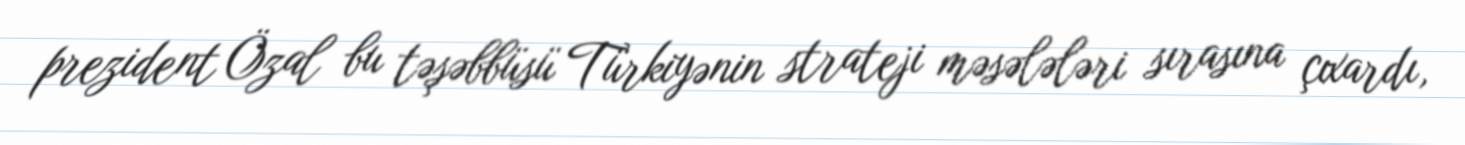
prezident Özal bu təşəbbüsü Türkiyənin strateji məsələləri sırasına çıxardı,